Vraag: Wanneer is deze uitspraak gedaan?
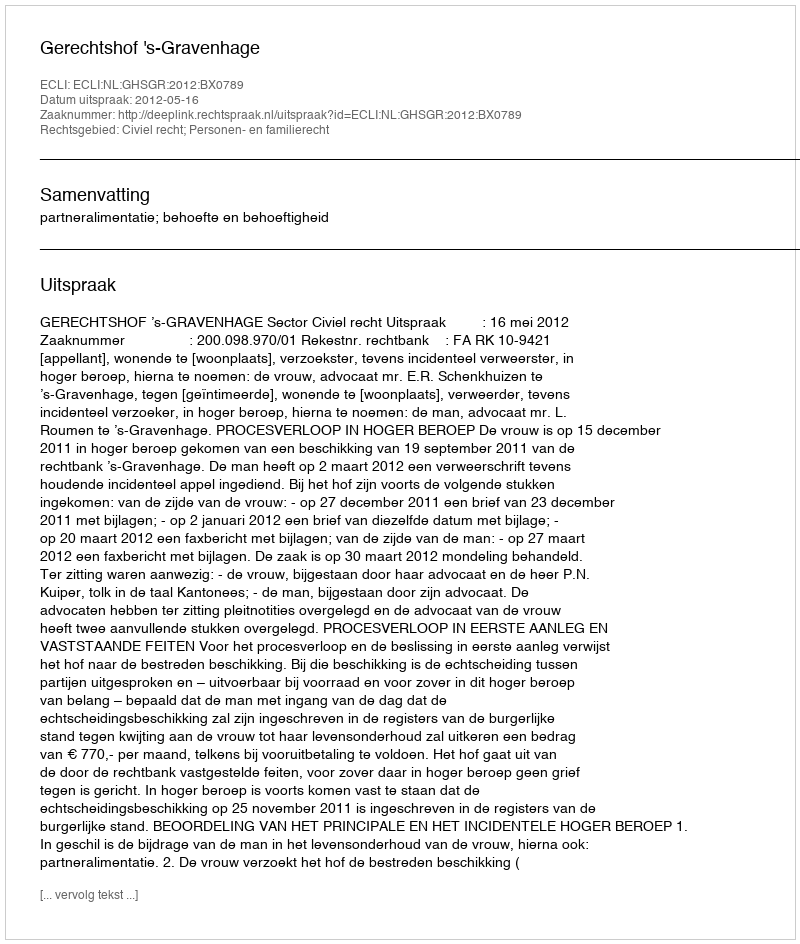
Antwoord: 2012-05-16